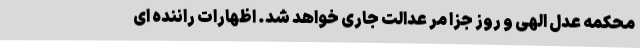
محکمه عدل الهی و روز جزا مرّ عدالت جاری خواهد شد. اظهارات راننده ای